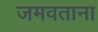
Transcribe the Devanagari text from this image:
जमवताना